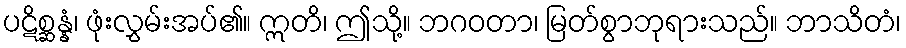
ပဋိစ္ဆန္နံ၊ ဖုံးလွှမ်းအပ်၏။ ဣတိ၊ ဤသို့။ ဘဂဝတာ၊ မြတ်စွာဘုရားသည်။ ဘာသိတံ၊